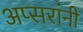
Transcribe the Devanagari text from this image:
अप्सरांनी